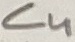
Text: C4